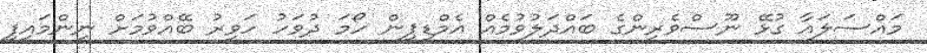
މައްސަލައާ ގުޅޭ ނޫސްވެރިންގެ ބައްދަލުވުމެއް އެމްޑީޕީން ހޯމަ ދުވަހު ހަވީރު ބޭއްވުމަށް ނިންމައިފި